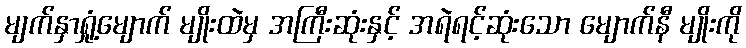
မျက်နှာရှုံ့မျောက် မျိုးထဲမှ အကြီးဆုံးနှင့် အရဲရင့်ဆုံးသော မျောက်နီ မျိုးကို